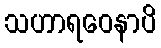
သဟာရဝေနာပိ